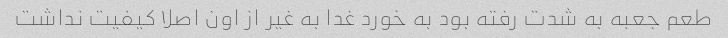
طعم جعبه به شدت رفته بود به خورد غدا به غیر از اون اصلا کیفیت نداشت